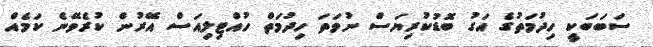
ސަބަބަކީ ހިދުމަތުގެ އަގު ބޮޑުކުރިޔަސް ނުވަތަ ހިދުމަތް ހުއްޓިލިއަސް އޭރުން ކުރެވޭނެ ކަމެއް